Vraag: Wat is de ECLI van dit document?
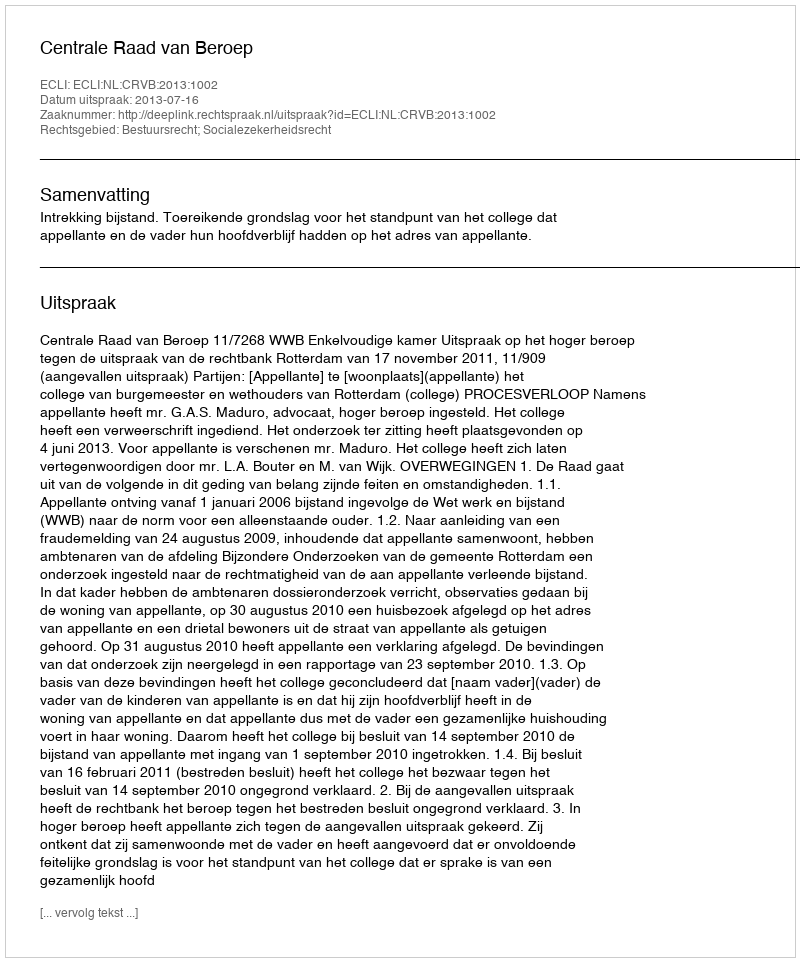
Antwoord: ECLI:NL:CRVB:2013:1002